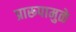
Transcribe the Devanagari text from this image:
प्रारूपामुळे